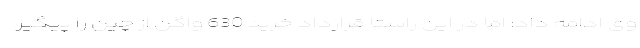
وی ادامه داد: اما در این راستا قرارداد خرید 630 واگن از چین را پیگیر